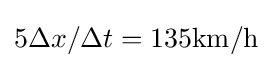
5\Delta x/\Delta t=135{\text{km/h}}